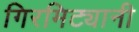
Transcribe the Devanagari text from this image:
गिरमिट्यानी